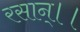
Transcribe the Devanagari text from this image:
रसान्।।